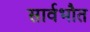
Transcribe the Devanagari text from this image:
सार्वभौत